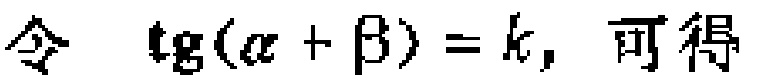
令 \(\operatorname{tg}(\alpha + \beta) = k,\) 可得